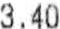
3.40